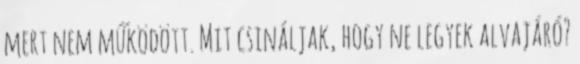
mert nem működött. Mit csináljak, hogy ne legyek alvajáró?